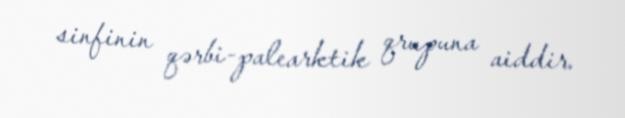
sinfinin qərbi-palearktik qrupuna aiddir.